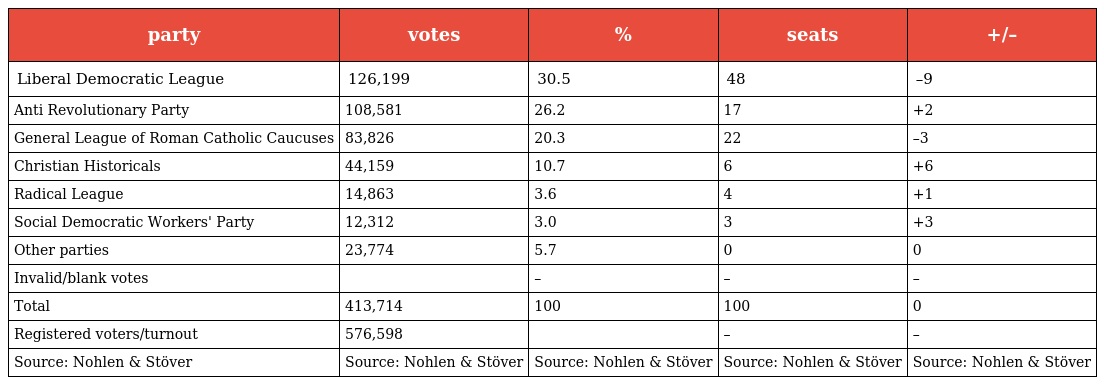
| party | votes | % | seats | +/– |
 | --- | --- | --- | --- | --- |
 | Liberal Democratic League | 126,199 | 30.5 | 48 | –9 |
 | Anti Revolutionary Party | 108,581 | 26.2 | 17 | +2 |
 | General League of Roman Catholic Caucuses | 83,826 | 20.3 | 22 | –3 |
 | Christian Historicals | 44,159 | 10.7 | 6 | +6 |
 | Radical League | 14,863 | 3.6 | 4 | +1 |
 | Social Democratic Workers' Party | 12,312 | 3.0 | 3 | +3 |
 | Other parties | 23,774 | 5.7 | 0 | 0 |
 | Invalid/blank votes |  | – | – | – |
 | Total | 413,714 | 100 | 100 | 0 |
 | Registered voters/turnout | 576,598 |  | – | – |
 | Source: Nohlen & Stöver | Source: Nohlen & Stöver | Source: Nohlen & Stöver | Source: Nohlen & Stöver | Source: Nohlen & Stöver |